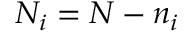
N _ { i } = N - n _ { i }